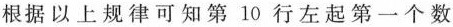
根据以上规律可知第10行左起第一个数